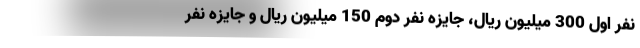
نفر اول 300 میلیون ریال، جایزه نفر دوم 150 میلیون ریال و جایزه نفر